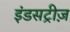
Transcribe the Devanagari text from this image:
इंडसट्रीज़